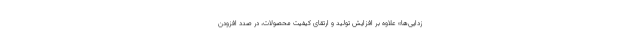
زدایی‌ها» علاوه بر افزایش تولید و ارتقای کیفیت محصولات، در صدد افزودن